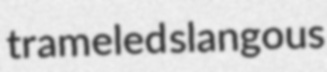
trameled slangous